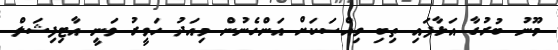
މޫނު ބުރުގާ އަޅާފައި ތިބި ވިއްސަކަށް އަންހެނުން މިއަދު ހަވީރު ވަނީ އާޓިފިޝަލް